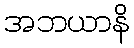
အဘယာနိ